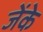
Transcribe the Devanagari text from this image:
जेंके